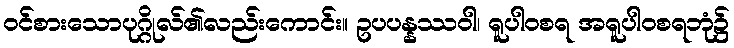
ဝင်စားသောပုဂ္ဂိုလ်၏လည်းကောင်း။ ဥပပန္နဿဝါ၊ ရူပါဝစရ အရူပါဝစရဘုံ၌